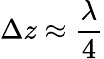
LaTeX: \Delta z\approx\frac{\lambda}{4}